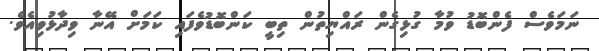
ނަމަވެސް ފެންބޮޑު ވުމާ ގުޅިގެން ރައްޔިތުން ތިބީ ކަންބޮޑުވެފައި ކަމަށް އޭނާ ވިދާޅުވިއެވެ.